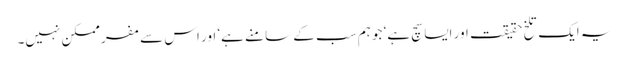
یہ ایک تلخ حقیقت اور ایسا سچ ہے‘ جو ہم سب کے سامنے ہے‘ اور اس سے مفر ممکن نہیں۔